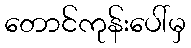
တောင်ကုန်းပေါ်မှ